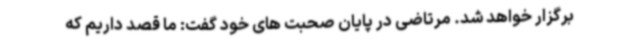
برگزار خواهد شد. مرتاضی در پایان صحبت های خود گفت: ما قصد داریم که